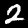
Digit: 2